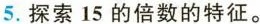
5. 探索15的倍数的特征。